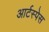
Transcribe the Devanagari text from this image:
आर्टस्पेस